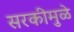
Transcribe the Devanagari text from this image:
सरकीमुळे